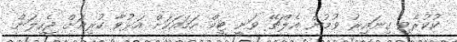
ކުކުރެވި ގިނައިރު ވުމުން އެލްޗޭ ވަނީ ޓީމް ހަމައަކަށް އަޅުވާ ކުރިއަށް ޖެހިލަން